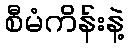
စီမံကိန်းနဲ့